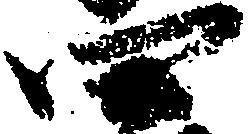
四